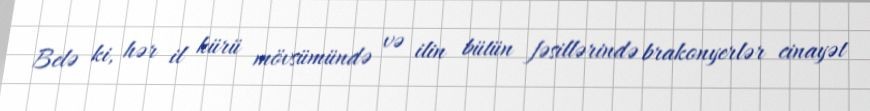
Belə ki, hər il kürü mövsümündə və ilin bütün fəsillərində brakonyerlər cinayət